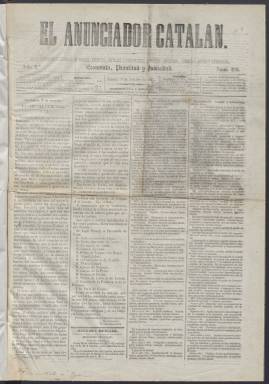
Título: El Anunciador catalán
Colección: Periódicos
Ámbito geográfico: Barcelona
Lugar de publicación: Barcelona
Fechas: 03/10/1857-12/10/1857